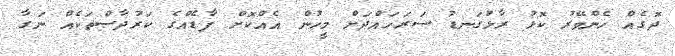
ދޮގެއް ހެންވޭރު ކޮޅު ރާޅުގަނޑު ސަރަހައްދަށް މީހުން އެއްކޮށް ފާޑެއްގެ ކަރުދާސްތަކެއް ނަގާ